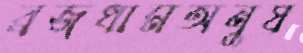
ব্রজধামঅনুষ